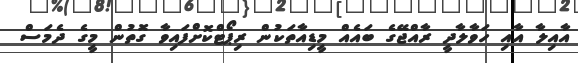
އާއިލާ އާއި ހަވާލާދީ ރާއްޖޭގެ ބައެއް މީޑިއާތަކުން ރިޕޯޓްކޮށްފައިވާ ގޮތުން މީގެ ދެމަސް